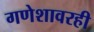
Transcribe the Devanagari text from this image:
गणेशावरही